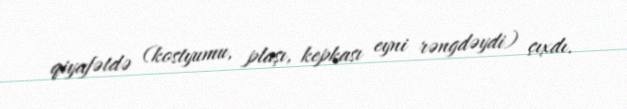
qiyafətdə (kostyumu, plaşı, kepkası eyni rəngdəydi) çıxdı.